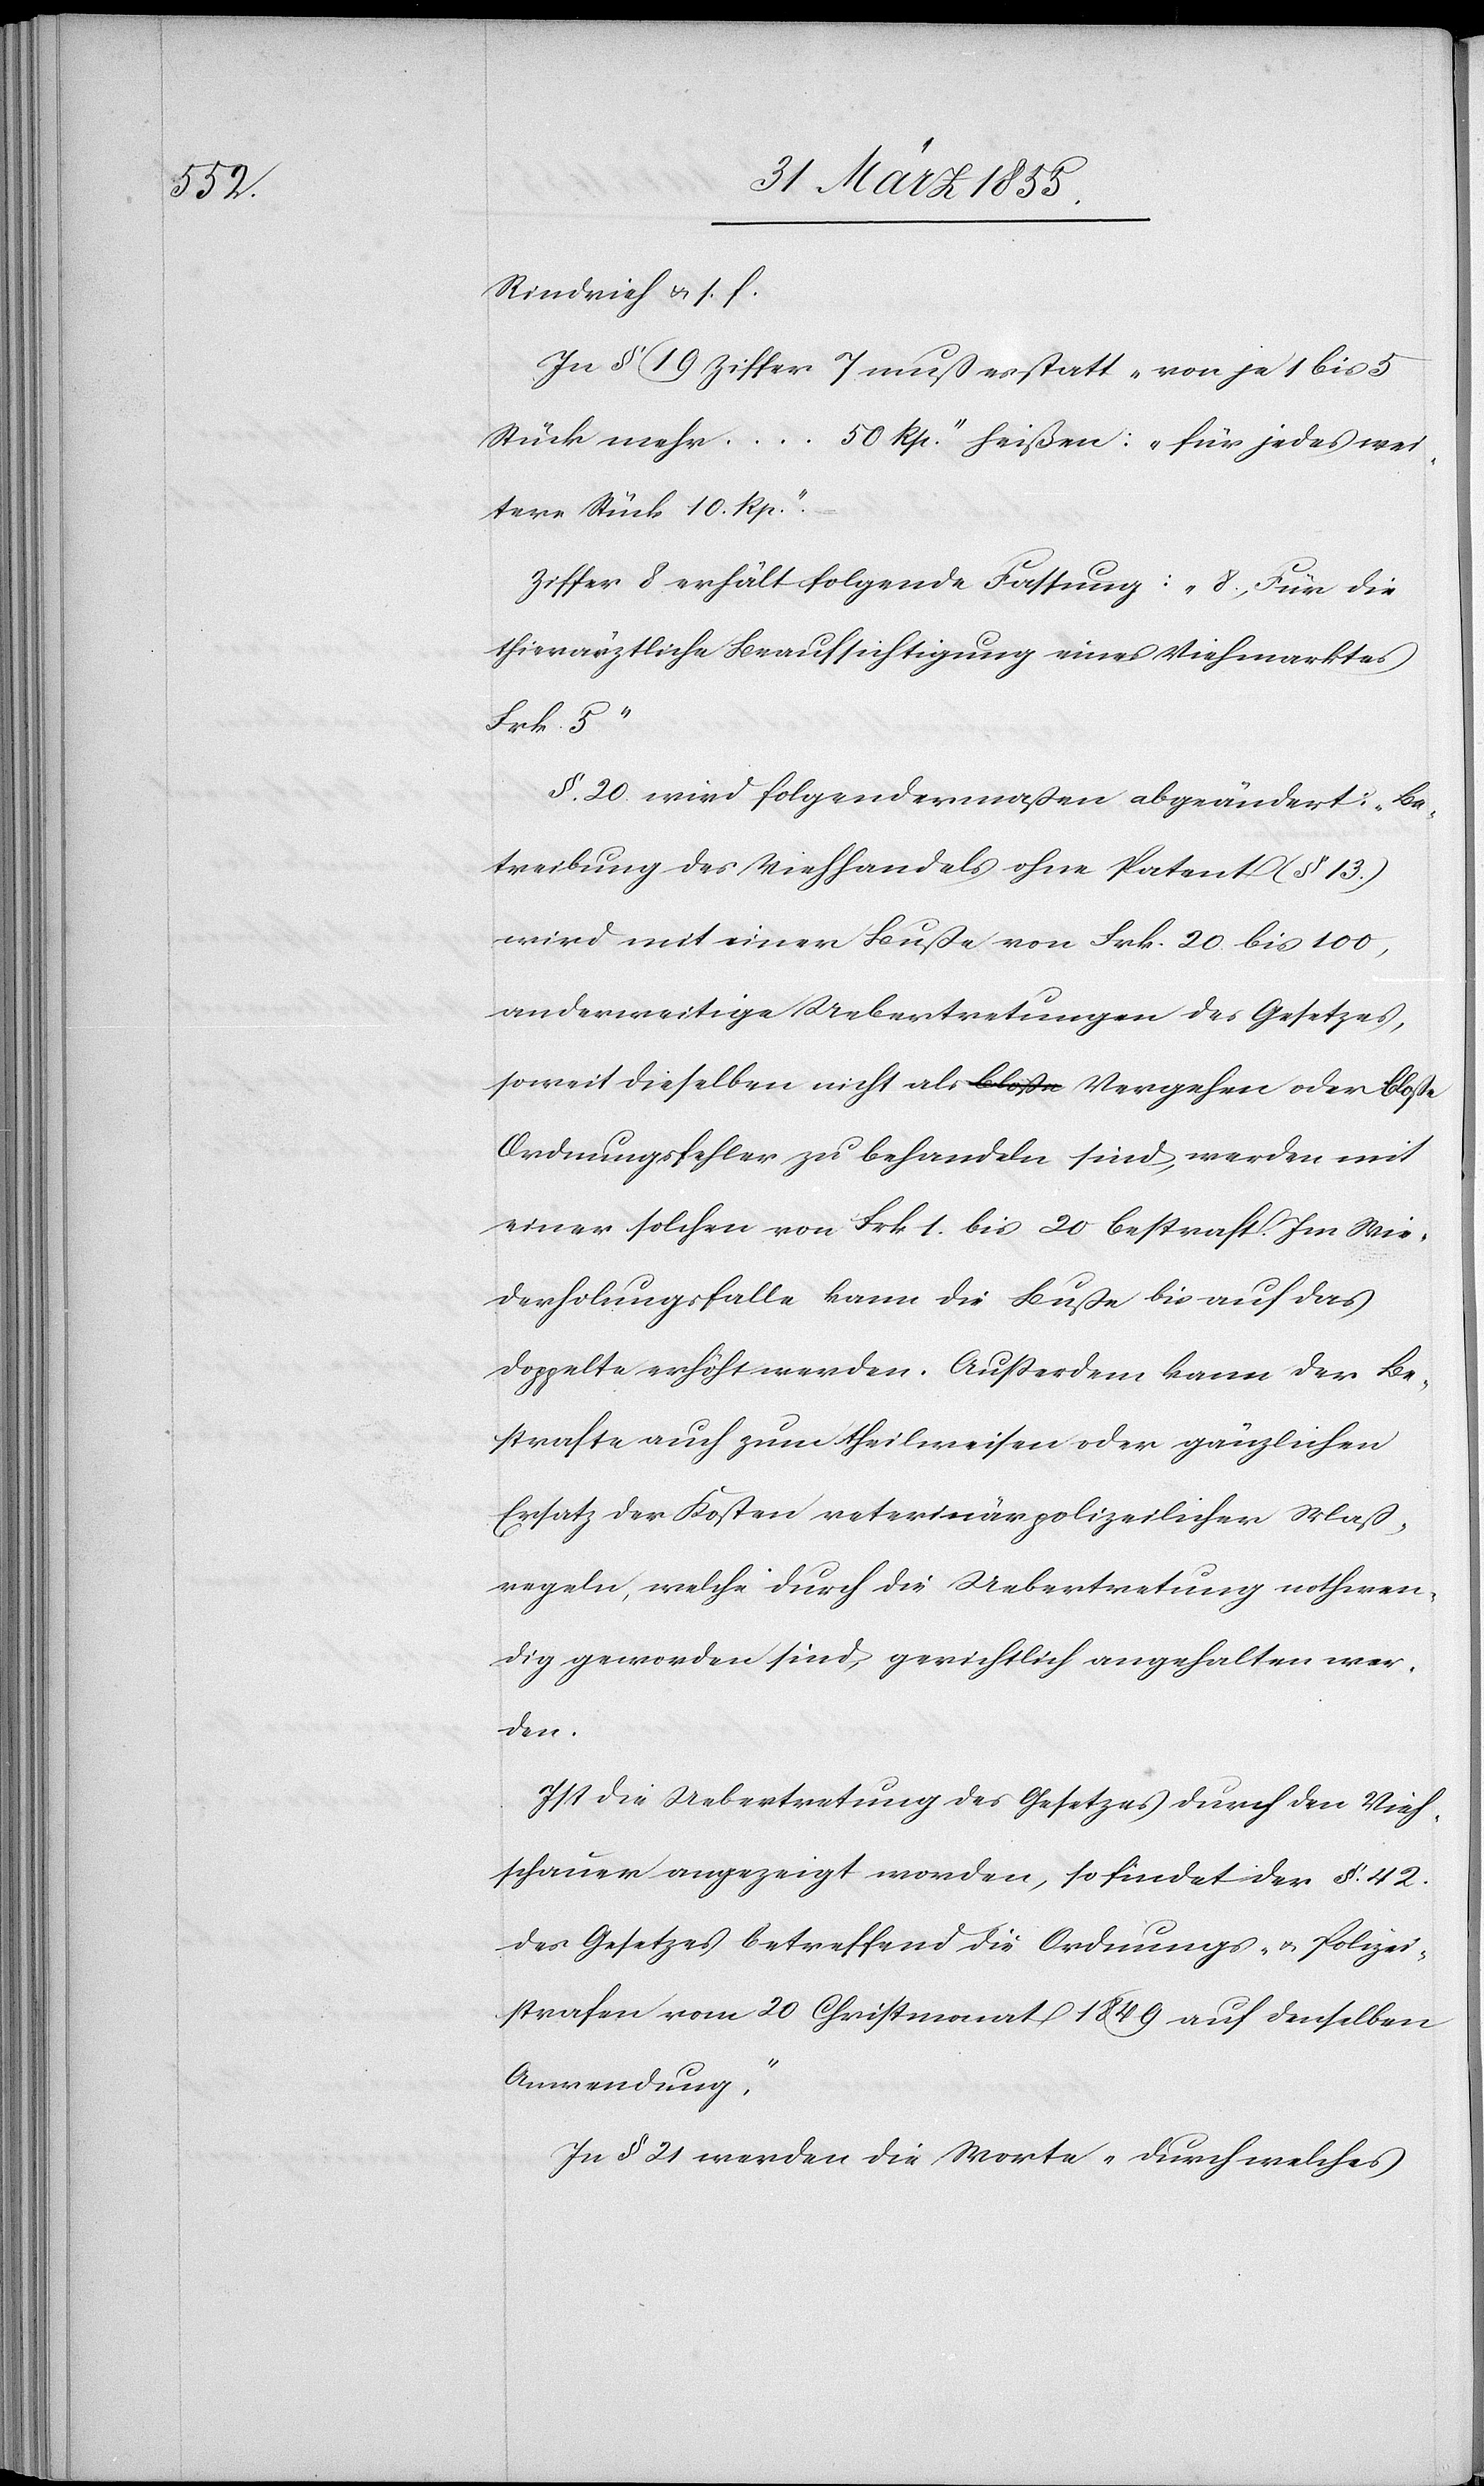
In § 19 Ziffer 7 muß es statt „von je 1 bis 5
Stück mehr … 50 Rp.“ heißen: „für jedes wei¬
tere Stück 10. Rp.“
Ziffer 8 erhält folgende Fassung: „8, Für die
thierärztliche Beaufsichtigung eines Viehmarktes
Frk. 5“
§. 20. wird folgendermaßen abgeändert: „Be¬
treibung des Viehhandels ohne Patent (§ 13.)
wird mit einer Buße von Frk. 20 bis 100,
anderweitige Uebertretungen des Gesetzes,
soweit dieselben nicht als a-bloße-a Vergehen oder bloße
Ordnungsfehler zu behandeln sind, werden mit
einer solchen von Frk 1. bis 20 bestraft. Im Wie¬
derholungsfalle kann die Buße bis auf das
doppelte erhöht werden. Ausserdem kann der Be¬
strafte auch zum theilweisen oder gänzlichen
Ersatz der Kosten veterinärpolizeilicher Maß¬
regeln, welche durch die Uebertretung nothwen¬
dig geworden sind, gerichtlich angehalten wer¬
den.
Ist die Uebertretung des Gesetzes durch die Vieh¬
schauer angezeigt worden, so findet der §. 42.
des Gesetzes betreffend die Ordnungs- & Polizei¬
strafen vom 20 Christmonat 1849 auf denselben
Anwendung.“
In § 21 werden die Worte „durch welches